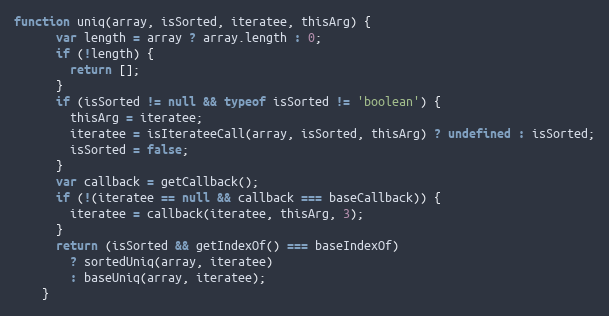
Language: JavaScript
function uniq(array, isSorted, iteratee, thisArg) {
      var length = array ? array.length : 0;
      if (!length) {
        return [];
      }
      if (isSorted != null && typeof isSorted != 'boolean') {
        thisArg = iteratee;
        iteratee = isIterateeCall(array, isSorted, thisArg) ? undefined : isSorted;
        isSorted = false;
      }
      var callback = getCallback();
      if (!(iteratee == null && callback === baseCallback)) {
        iteratee = callback(iteratee, thisArg, 3);
      }
      return (isSorted && getIndexOf() === baseIndexOf)
        ? sortedUniq(array, iteratee)
        : baseUniq(array, iteratee);
    }